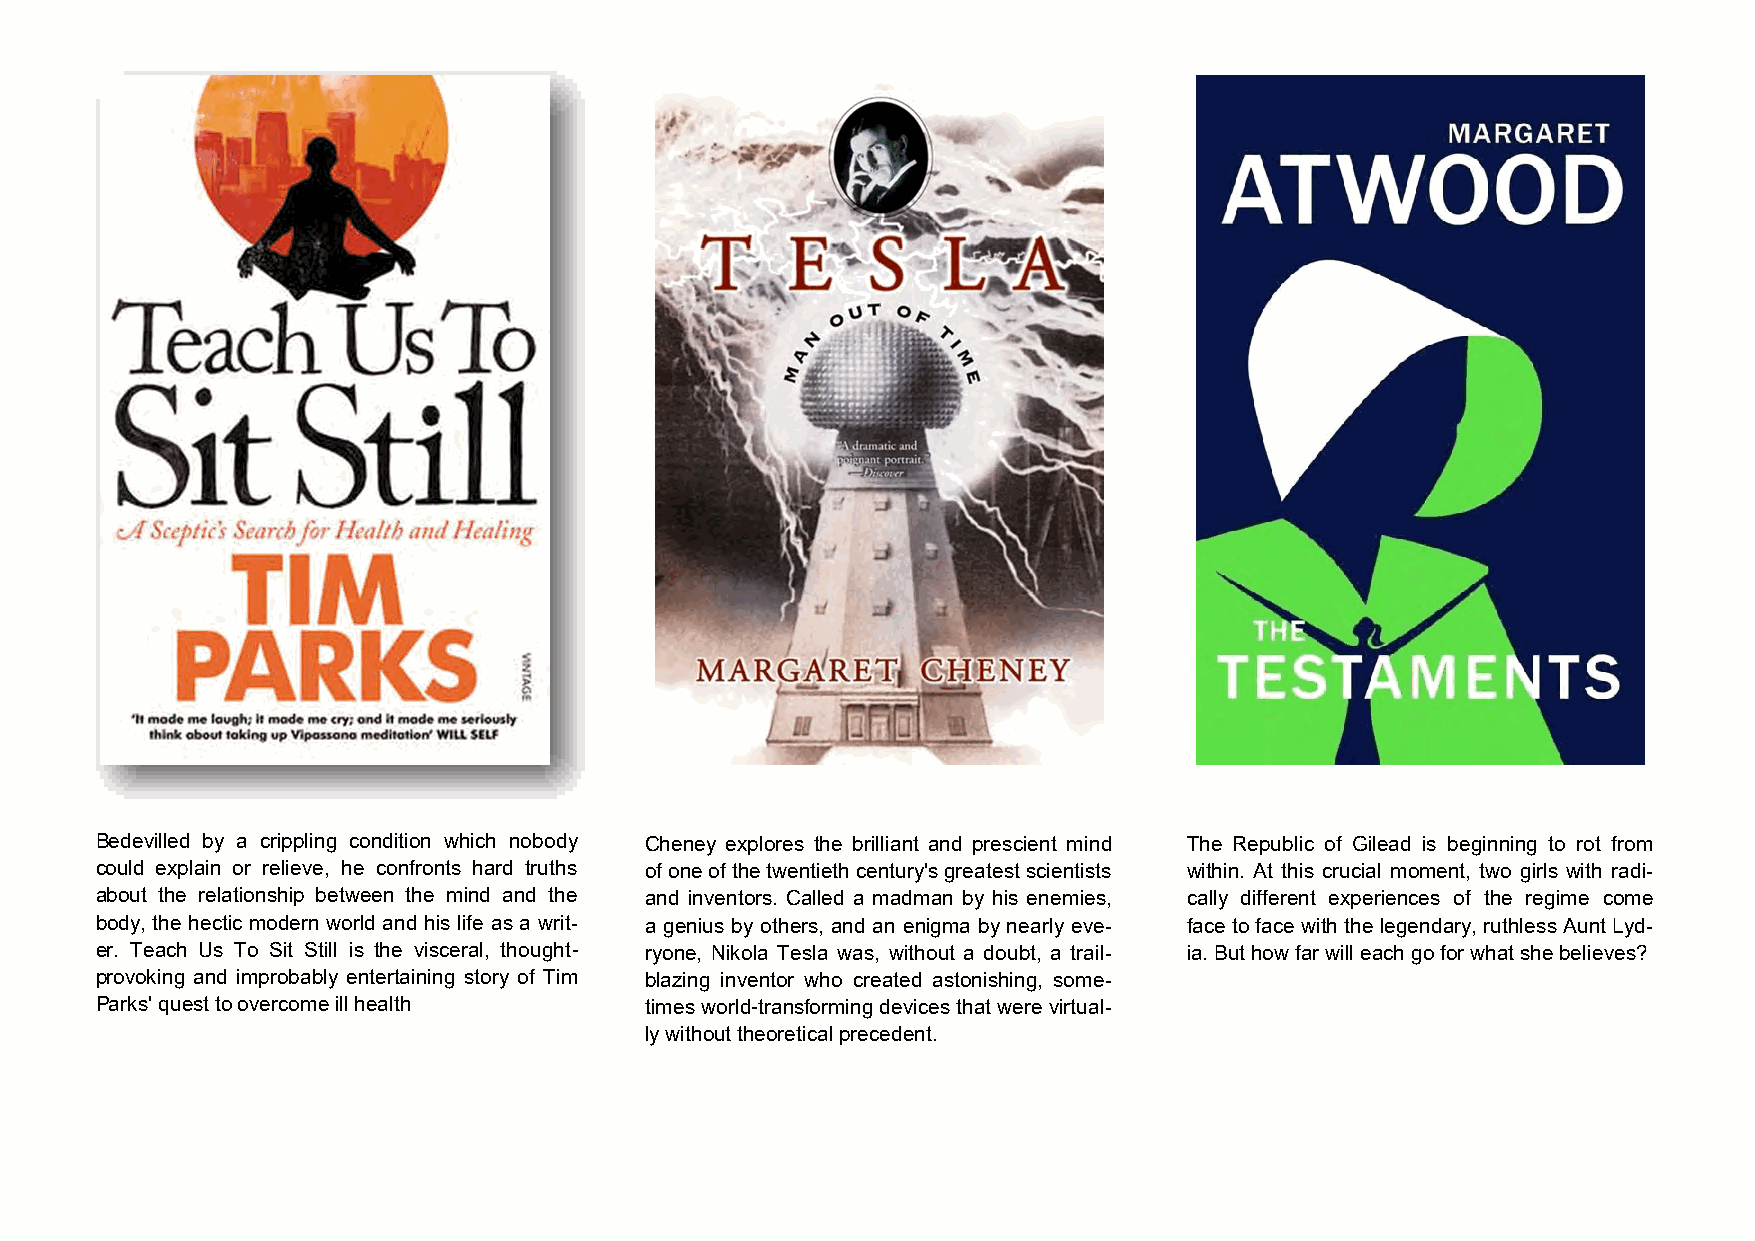
Bedevilled by a crippling condition which nobody Cheney explores the brilliant and prescient mind The Republic of Gilead is beginning to rot from
 could explain or relieve, he confronts hard truths of one of the twentieth century's greatest scientists within. At this crucial moment, two girls with radi-
 about the relationship between the mind and the and inventors. Called a madman by his enemies, cally different experiences of the regime come
 body, the hectic modern world and his life as a writ- a genius by others, and an enigma by nearly eve- face to face with the legendary, ruthless Aunt Lyd-
 er. Teach Us To Sit Still is the visceral, thought- ryone, Nikola Tesla was, without a doubt, a trail- ia. But how far will each go for what she believes?
 provoking and improbably entertaining story of Tim blazing inventor who created astonishing, some-
 Parks' quest to overcome ill health  times world-transforming devices that were virtual-
 ly without theoretical precedent.